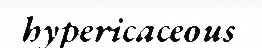
hypericaceous